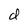
Character: d